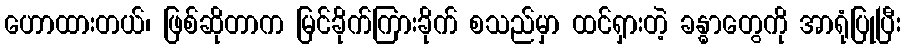
ဟောထားတယ်၊ ဖြစ်ဆိုတာက မြင်ခိုက်ကြားခိုက် စသည်မှာ ထင်ရှားတဲ့ ခန္ဓာတွေကို အာရုံပြုပြီး